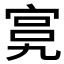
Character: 𱚍